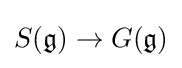
S({\mathfrak {g}})\to G({\mathfrak {g}})